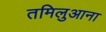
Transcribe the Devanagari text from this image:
तमिलुआना